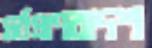
সর্বপ্রাণবাদশ